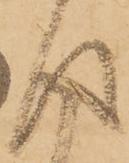
得